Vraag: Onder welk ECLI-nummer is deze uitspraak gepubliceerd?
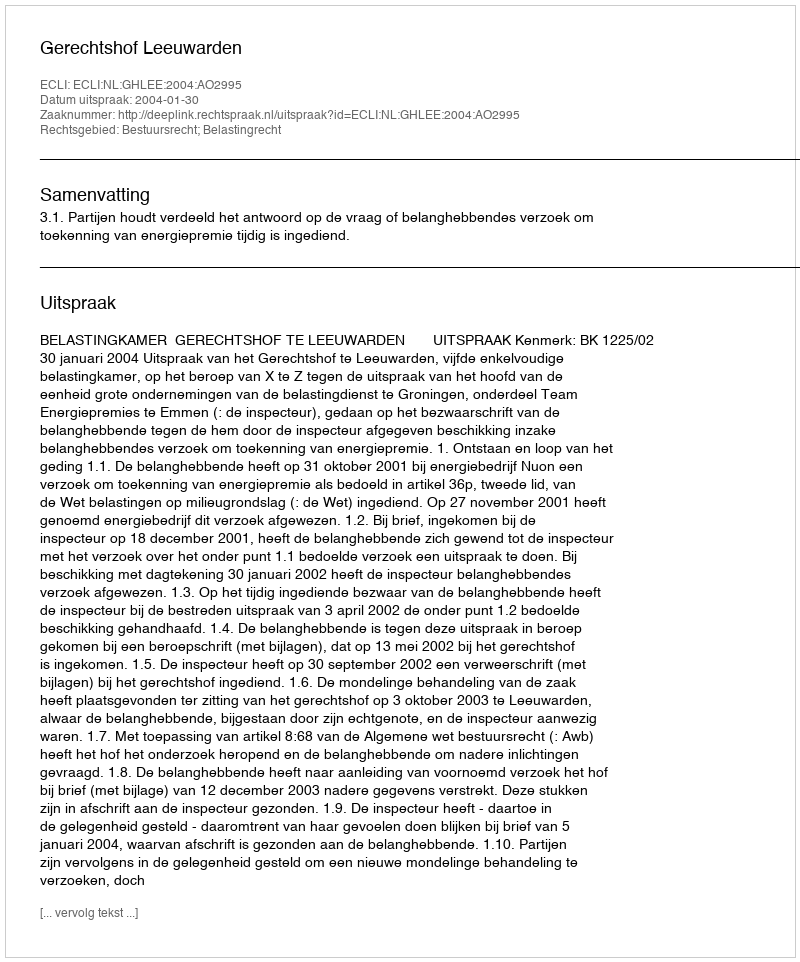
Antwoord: ECLI:NL:GHLEE:2004:AO2995